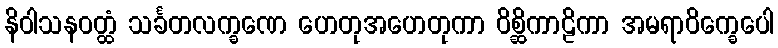
နိဝါသနဝတ္ထံ သင်္ခတလက္ခဏေ ဟေတုအဟေတုကာ ဝိစ္ဆိကာဠိကာ အမရာဝိက္ခေပေါ